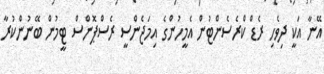
އޭނާ އަކީ ދިވެހި ރެޑް ކްރެސެންޓުން އެމީހުންގެ އިމަޖެންސީ ރެސްޕޮންސް ޓީމުން ބޭނުންކުރާ